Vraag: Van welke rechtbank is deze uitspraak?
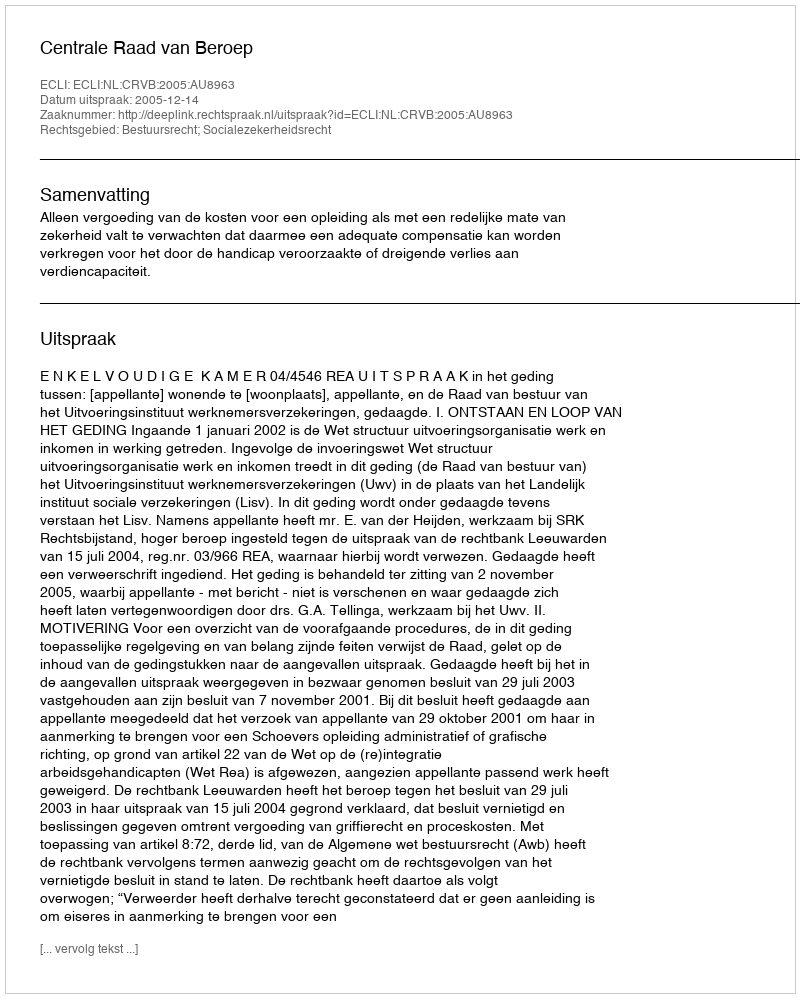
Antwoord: Centrale Raad van Beroep